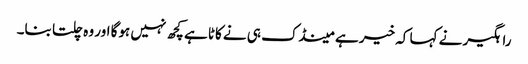
راہگیر نے کہا کہ خیر ہے مینڈک ہی نے کاٹا ہے کچھ نہیں ہوگا اور وہ چلتا بنا۔